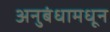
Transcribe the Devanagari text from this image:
अनुबंधामधून